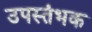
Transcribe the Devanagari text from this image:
उपस्तंभक